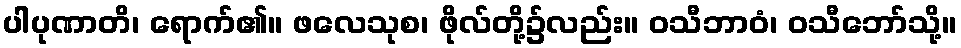
ပါပုဏာတိ၊ ရောက်၏။ ဖလေသုစ၊ ဖိုလ်တို့၌လည်း။ ဝသီဘာဝံ၊ ဝသီဘော်သို့။